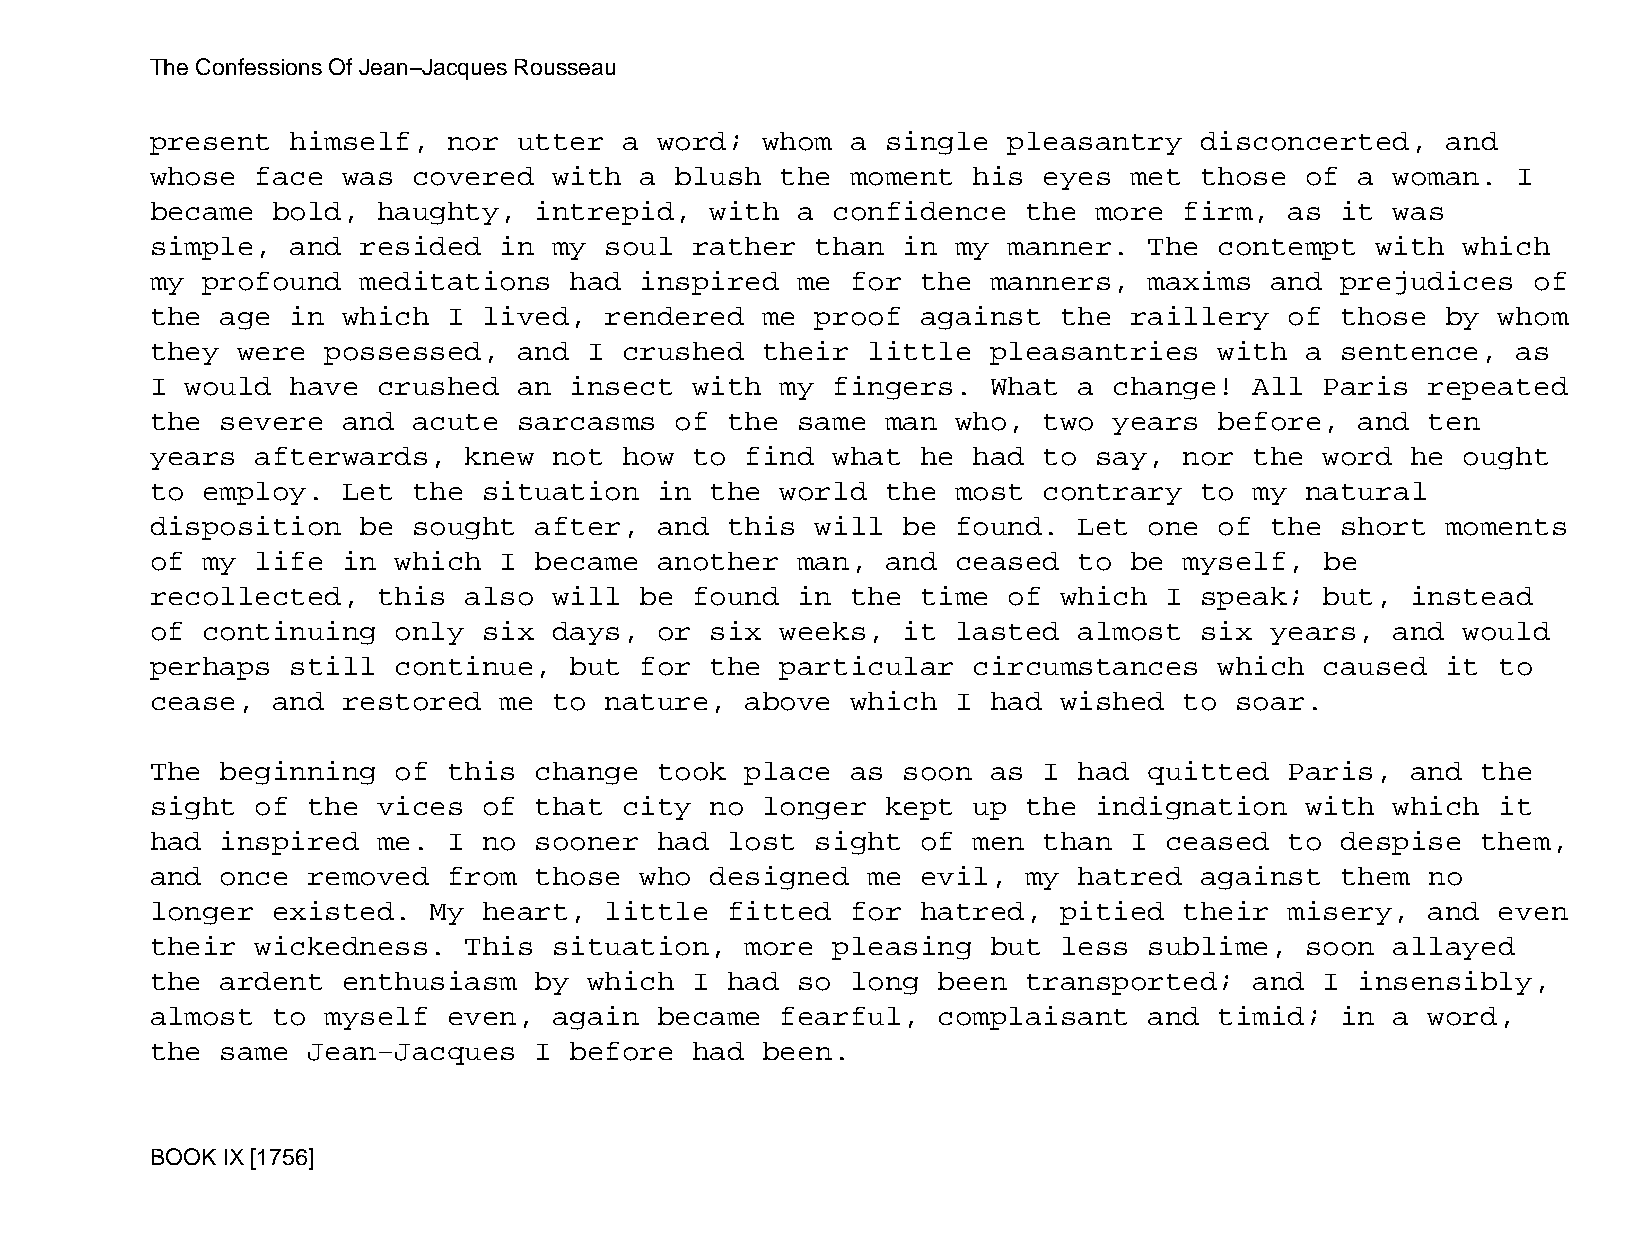
The Confessions Of Jean−Jacques Rousseau
 present  himself,   nor utter  a  word; whom  a  single  pleasantry  disconcerted,    and
 whose  face  was covered   with a  blush  the moment  his  eyes  met those  of  a woman.  I
 became  bold,  haughty,  intrepid,   with  a confidence   the more  firm,  as  it was
 simple,  and  resided  in  my soul  rather  than  in my  manner.  The  contempt  with  which
 my profound   meditations   had inspired   me for  the  manners,  maxims  and  prejudices  of
 the  age in  which  I lived,  rendered  me  proof  against  the  raillery  of  those  by whom
 they  were  possessed,  and  I crushed  their  little   pleasantries   with a  sentence,  as
 I would  have  crushed  an  insect  with  my fingers.   What a  change!  All  Paris  repeated
 the  severe  and acute  sarcasms   of the  same  man who,  two  years  before,  and  ten
 years  afterwards,   knew  not how  to find  what  he had  to say,  nor  the  word he  ought
 to employ.   Let the  situation   in the  world  the most  contrary  to  my natural
 disposition   be sought  after,   and this  will  be found.  Let  one  of the  short  moments
 of my  life  in which  I became   another  man,  and ceased  to  be myself,   be
 recollected,   this  also  will be  found  in the  time  of which  I speak;   but, instead
 of continuing   only  six  days,  or six  weeks,  it lasted  almost  six  years,  and  would
 perhaps  still  continue,   but for  the  particular  circumstances    which  caused  it to
 cease,  and  restored  me  to nature,  above  which  I  had wished  to  soar.
 The  beginning  of  this change   took place  as  soon  as I had  quitted  Paris,  and  the
 sight  of the  vices  of that  city  no longer   kept up  the indignation   with  which  it
 had  inspired  me.  I no sooner   had lost  sight  of men  than  I ceased  to  despise  them,
 and  once removed   from those  who  designed  me  evil,  my hatred  against   them  no
 longer  existed.  My  heart,  little  fitted  for  hatred,  pitied  their  misery,   and even
 their  wickedness.   This  situation,  more  pleasing   but less  sublime,  soon  allayed
 the  ardent  enthusiasm  by  which  I had  so long  been  transported;   and  I insensibly,
 almost  to  myself  even,  again  became  fearful,  complaisant   and  timid;  in a  word,
 the  same Jean−Jacques   I  before  had been.
 BOOK IX [1756]